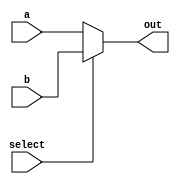
module MUX (
    input [31:0] a,b,
    input  select,
    output [31:0] out
    );

assign out = (select == 1'b0) ? a : b;
endmodule